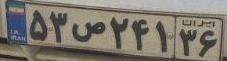
۵۳ص۲۴۱۳۶